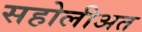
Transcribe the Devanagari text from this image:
सहोलीअत